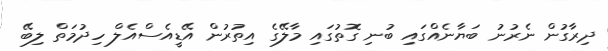
ދިރާގުން ނެރުނު ބަޔާނެއްގައި ބުނި ގޮތުގައި މާލޭގެ އިތުރުން އޭޑީއެސްއެލް ހިދުމަތް ލިބޭ